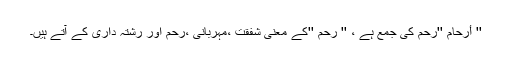
'' أرحام ''رَحِمٌ کی جمع ہے ، '' رَحِمٌ ''کے معنی شفقت ،مہربانی ،رحم اور رشتہ داری کے آتے ہیں۔